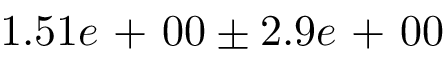
1 . 5 1 e \mathrm { ~ + ~ } 0 0 \pm 2 . 9 e \mathrm { ~ + ~ } 0 0